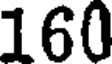
160